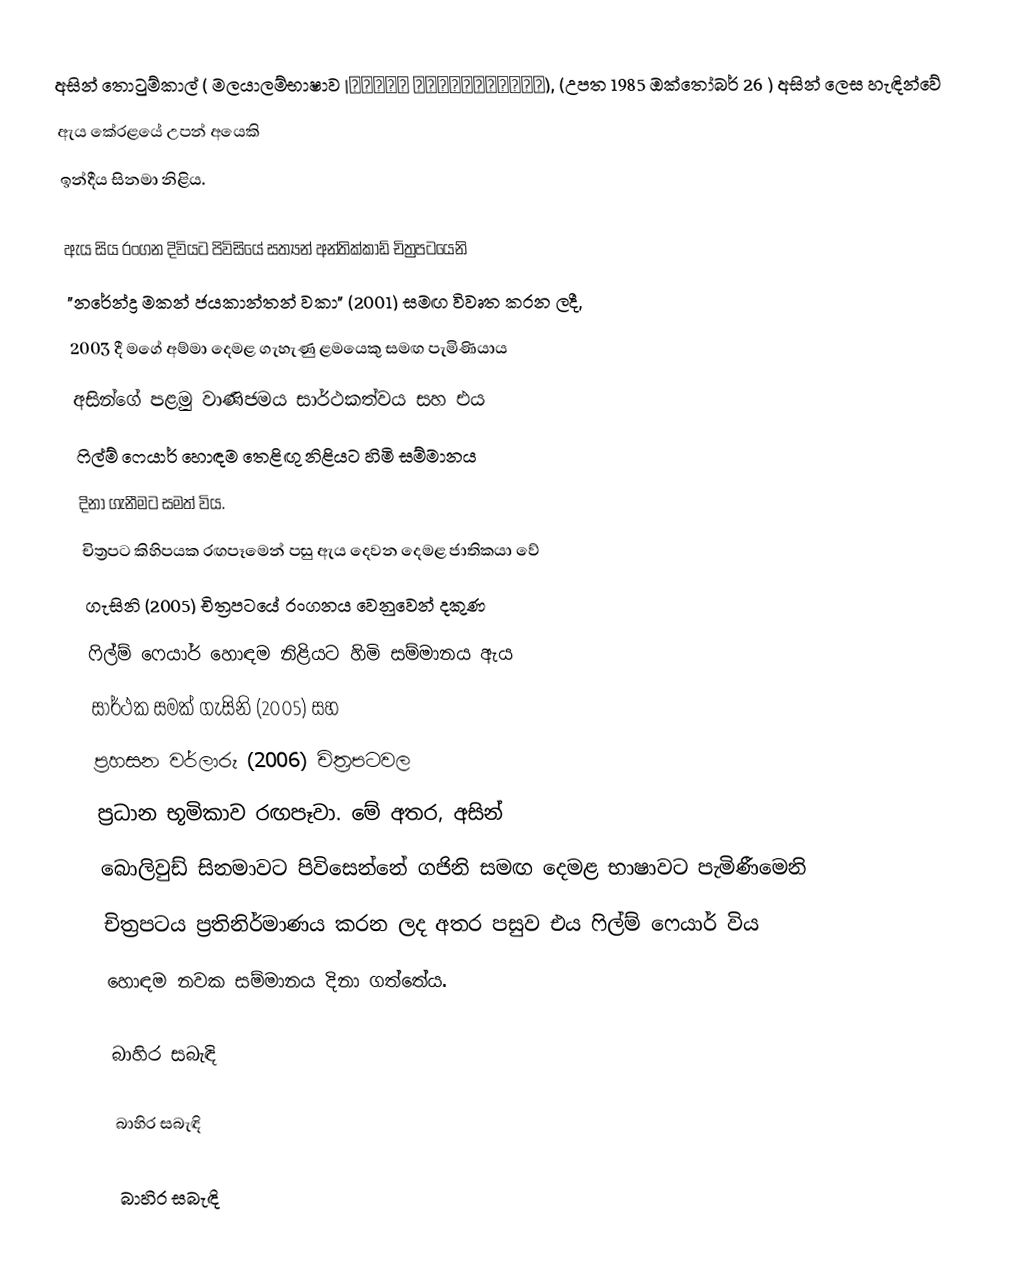
අසින් තොටුම්කාල්  ( මලයාලම්භාෂාව |അസിന് തോട്ടുങ്കല്), (උපත 1985 ඔක්තෝබර් 26 )    අසින් ලෙස හැඳින්වේ
  ඇය කේරළයේ උපන් අයෙකි
  ඉන්දීය සිනමා නිළිය.

ඇය සිය රංගන දිවියට පිවිසියේ සත්‍යන් අන්තික්කාඩ් චිත්‍රපටයෙනි
  "නරේන්ද්‍ර මකන් ජයකාන්තන් වකා" (2001) සමඟ විවෘත කරන ලදී,
  2003 දී මගේ අම්මා දෙමළ ගැහැණු ළමයෙකු සමඟ පැමිණියාය
  අසින්ගේ පළමු වාණිජමය සාර්ථකත්වය සහ එය
  ෆිල්ම් ෆෙයාර් හොඳම තෙළිඟු නිළියට හිමි සම්මානය
  දිනා ගැනීමට සමත් විය.
  චිත්‍රපට කිහිපයක රඟපෑමෙන් පසු ඇය දෙවන දෙමළ ජාතිකයා වේ
  ගැසිනි (2005) චිත්‍රපටයේ රංගනය වෙනුවෙන් දකුණ
  ෆිල්ම් ෆෙයාර් හොඳම නිළියට හිමි සම්මානය  ඇය
  සාර්ථක සමක් ගැසිනි (2005) සහ
  ප්‍රහසන වර්ලාරු (2006) චිත්‍රපටවල
  ප්‍රධාන භූමිකාව රඟපෑවා.  මේ අතර, අසින්
  බොලිවුඩ් සිනමාවට පිවිසෙන්නේ ගජිනි සමඟ දෙමළ භාෂාවට පැමිණීමෙනි
  චිත්‍රපටය ප්‍රතිනිර්මාණය කරන ලද අතර පසුව එය ෆිල්ම් ෆෙයාර් විය
  හොඳම නවක සම්මානය දිනා ගත්තේය.

බාහිර සබැඳි

බාහිර සබැඳි

බාහිර සබැඳි